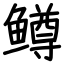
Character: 鳟